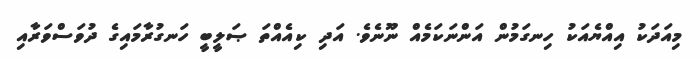
މިއަދަކު އިއްޔެއަކު ހިނގަމުން އަންނަކަމެއް ނޫނެވެ. އަދި ކިއެއްތަ ޞަލީބީ ހަނގުރާމައިގެ ދުވަސްވަރާއި